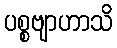
ပစ္စဗျာဟာသိ